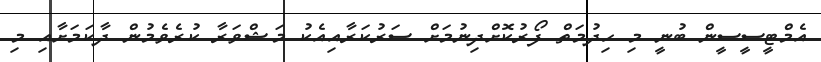
އެމްޓީސީސީން ބުނީ މި ހިދުމަތް ފޯރުކޮށްދިނުމަށް ސަރުކަރާއިއެކު މަޝްވަރާ ކުރެވެމުން ދާކަމަށާއި މި